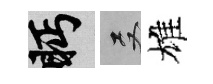
眄双雄